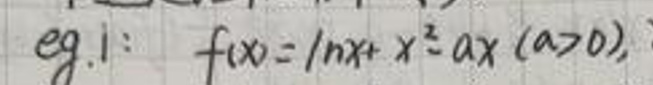
\[
\text{eg.1}: f(x)=\ln x + x^{2}-ax\ (a > 0)
\]